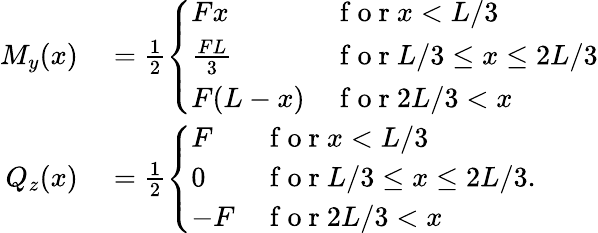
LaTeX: \begin{array}{rl}{M_{y}(x)}&{{}=\frac{1}{2}\left\{ \begin{array}{ll}{Fx}&{\mathrm{~f~o~r~}x<L/3}\\ {\frac{FL}{3}}&{\mathrm{~f~o~r~}L/3\leq x\leq 2L/3}\\ {F(L-x)}&{\mathrm{~f~o~r~}2L/3<x}\end{array}\right.}\\ {Q_{z}(x)}&{{}=\frac{1}{2}\left\{ \begin{array}{ll}{F}&{\mathrm{~f~o~r~}x<L/3}\\ {0}&{\mathrm{~f~o~r~}L/3\leq x\leq 2L/3}\\ {-F}&{\mathrm{~f~o~r~}2L/3<x}\end{array}\right..}\end{array}